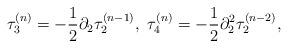
LaTeX: \begin{align*}\tau_{3}^{(n)} = -\frac{1}{2} \partial_{2} \tau_{2}^{(n-1)},\ \tau_{4}^{(n)} =-\frac{1}{2} \partial^{2}_{2} \tau_{2}^{(n-2)},\end{align*}